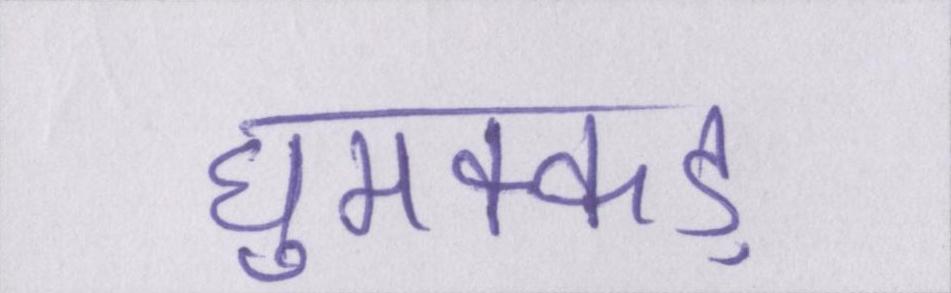
घुमक्कड़